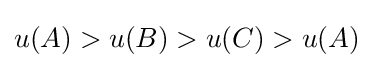
u(A)>u(B)>u(C)>u(A)